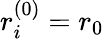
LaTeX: r_{i}^{(0)}=r_{0}